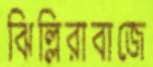
ঝিল্লিরাবাজে